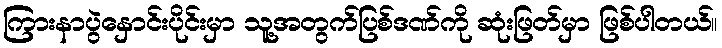
ကြားနာပွဲနှောင်းပိုင်းမှာ သူ့အတွက်ပြစ်ဒဏ်ကို ဆုံးဖြတ်မှာ ဖြစ်ပါတယ်။